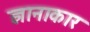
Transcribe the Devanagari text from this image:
ज्ञानाकार